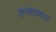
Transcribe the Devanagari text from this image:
अन्डाकार